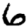
Digit: 6